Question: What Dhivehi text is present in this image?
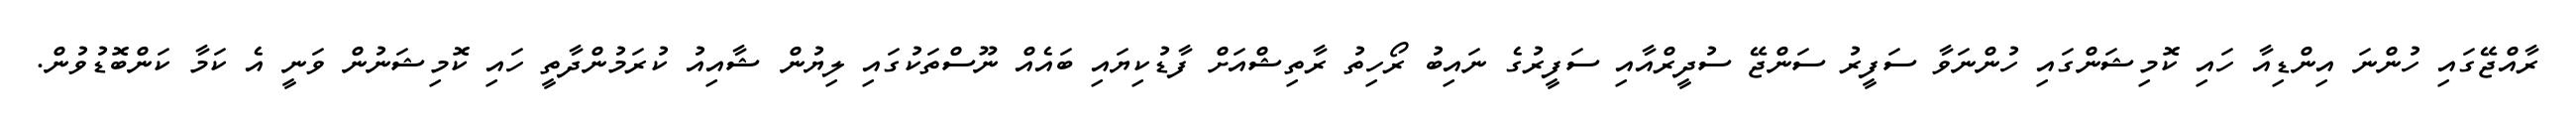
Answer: ރާއްޖޭގައި ހުންނަ އިންޑިއާ ހައި ކޮމިޝަންގައި ހުންނަވާ ސަފީރު ސަންޖޭ ސުދީރްއާއި ސަފީރުގެ ނައިބު ރޯހިތު ރާތިޝްއަށް ފާޑުކިޔައި ބައެއް ނޫސްތަކުގައި ލިޔުން ޝާއިއު ކުރަމުންދާތީ ހައި ކޮމިޝަނުން ވަނީ އެ ކަމާ ކަންބޮޑުވުން.